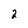
Character: 2